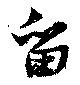
留